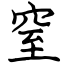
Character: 窒